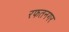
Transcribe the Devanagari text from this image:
रफतनगर